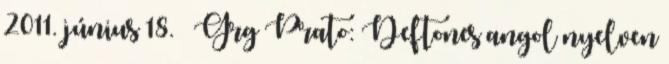
2011. június 18. ↑ Grg Prato: Deftones angol nyelven